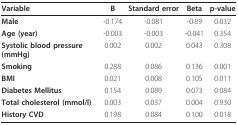
| Variable | B | Standard error | Beta | p-value |
 | --- | --- | --- | --- | --- |
 | Male | -0.174 | -0.081 | -0.89 | 0.032 |
 | Age (year) | -0.003 | -0.003 | -0.041 | 0.354 |
 | Systolic blood pressure (mmHg) | 0.002 | 0.002 | 0.043 | 0.308 |
 | Smoking | 0.288 | 0.086 | 0.136 | 0.001 |
 | BMI | 0.021 | 0.008 | 0.105 | 0.011 |
 | Diabetes Mellitus | 0.154 | 0.089 | 0.073 | 0.084 |
 | Total cholesterol (mmol/l) | 0.003 | 0.037 | 0.004 | 0.930 |
 | History CVD | 0.198 | 0.084 | 0.100 | 0.018 |